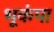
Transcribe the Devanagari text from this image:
भूकंपा